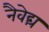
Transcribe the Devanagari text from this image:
नैवेद्यं